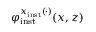
\varphi _ { \mathrm { i n s t } } ^ { x _ { \mathrm { i n s t } } ( \cdot ) } ( x , z )